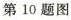
第10题图